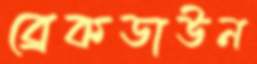
ব্রেকডাউন